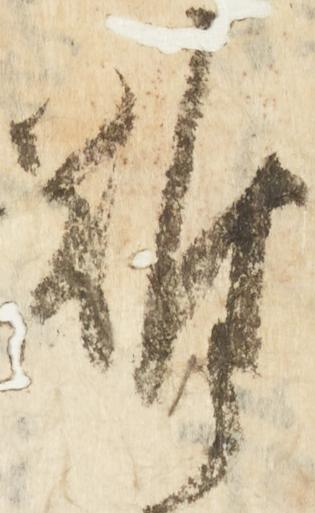
難